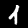
Digit: 1